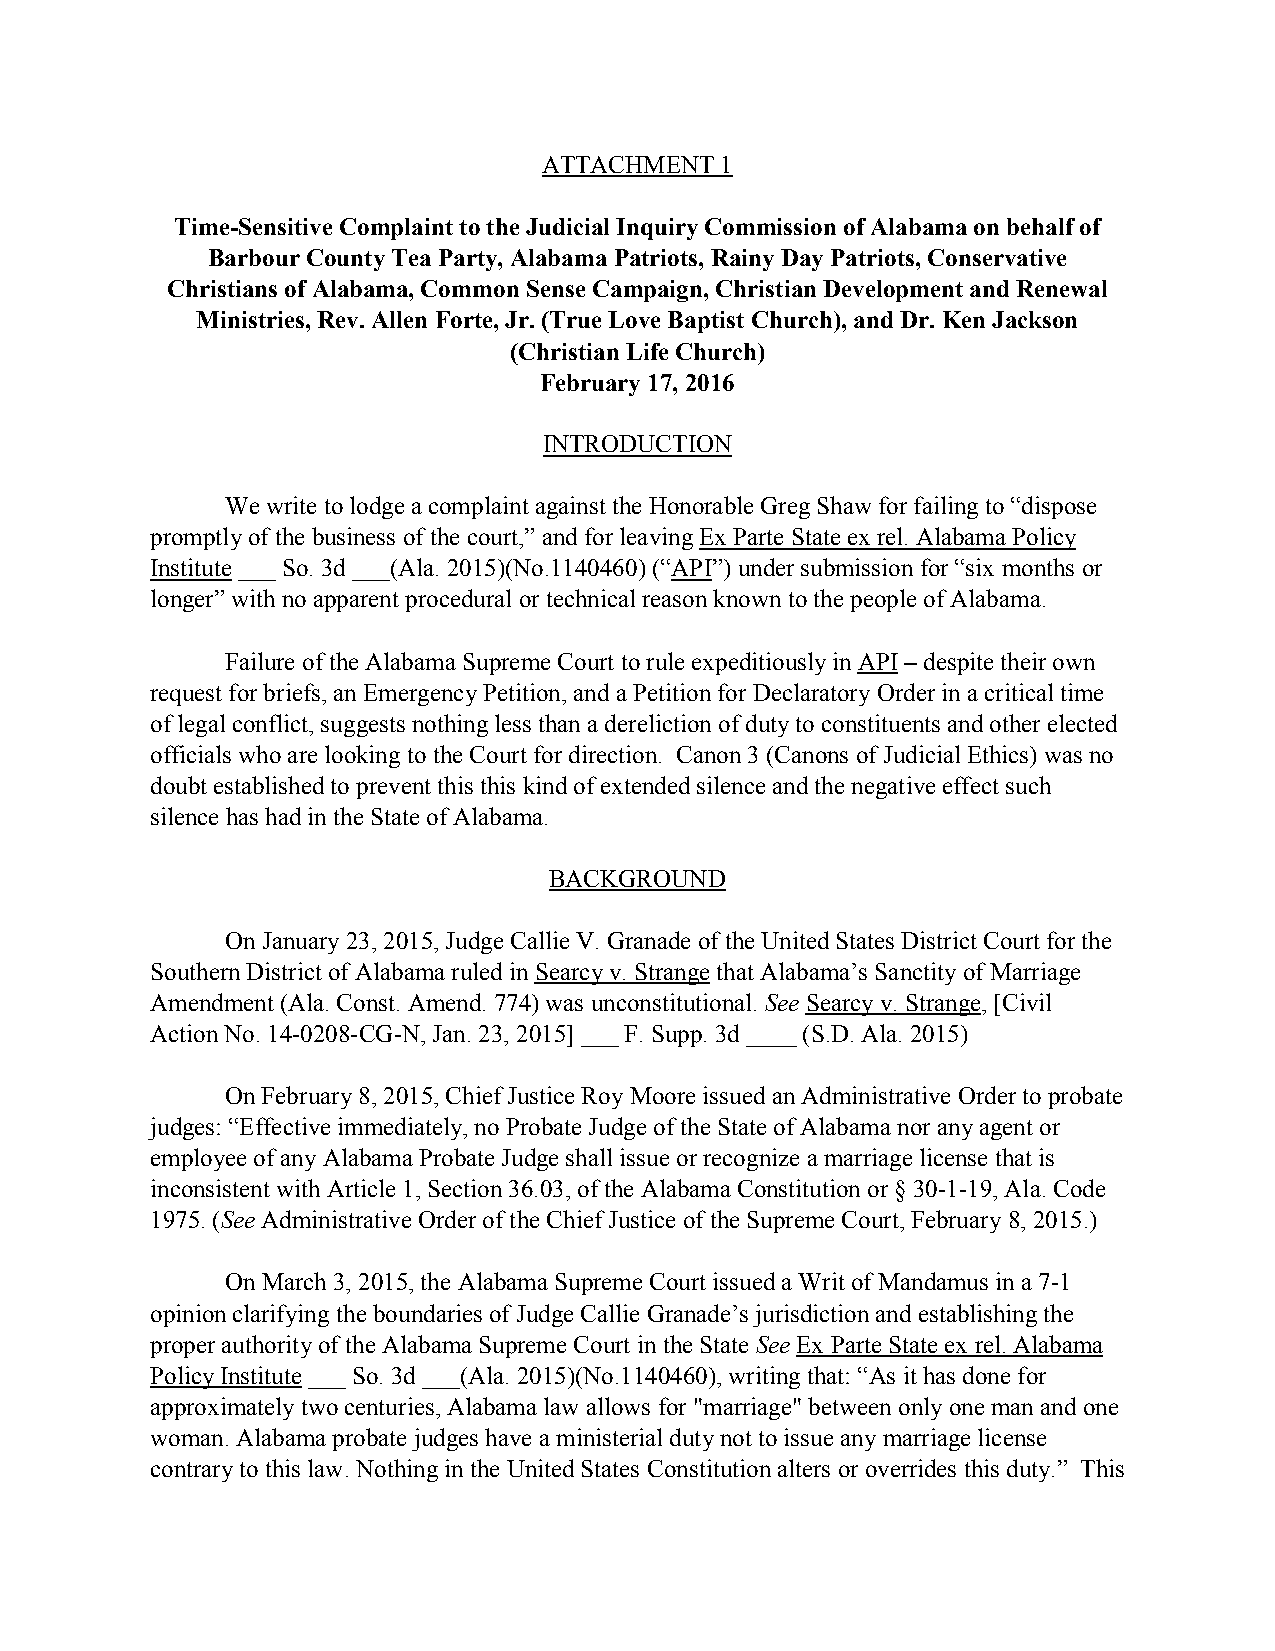
ATTACHMENT  1
 Time-Sensitive Complaint to the Judicial Inquiry Commission of Alabama on behalf of
 Barbour County Tea Party, Alabama Patriots, Rainy Day Patriots, Conservative
 Christians of Alabama, Common Sense Campaign, Christian Development and Renewal
 Ministries, Rev. Allen Forte, Jr. (True Love Baptist Church), and Dr. Ken Jackson
 (Christian Life Church)
 February 17, 2016
 INTRODUCTION
 We write to lodge a complaint against the Honorable Greg Shaw for failing to “dispose
 promptly of the business of the court,” and for leaving Ex Parte State ex rel. Alabama Policy
 Institute ___ So. 3d ___(Ala. 2015)(No.1140460) (“API”) under submission for “six months or
 longer” with no apparent procedural or technical reason known to the people of Alabama.
 Failure of the Alabama Supreme Court to rule expeditiously in API – despite their own
 request for briefs, an Emergency Petition, and a Petition for Declaratory Order in a critical time
 of legal conflict, suggests nothing less than a dereliction of duty to constituents and other elected
 officials who are looking to the Court for direction. Canon 3 (Canons of Judicial Ethics) was no
 doubt established to prevent this this kind of extended silence and the negative effect such
 silence has had in the State of Alabama.
 BACKGROUND
 On January 23, 2015, Judge Callie V. Granade of the United States District Court for the
 Southern District of Alabama ruled in Searcy v. Strange that Alabama’s Sanctity of Marriage
 Amendment (Ala. Const. Amend. 774) was unconstitutional. See Searcy v. Strange, [Civil
 Action No. 14-0208-CG-N, Jan. 23, 2015] ___ F. Supp. 3d ____ (S.D. Ala. 2015)
 On February 8, 2015, Chief Justice Roy Moore issued an Administrative Order to probate
 judges: “Effective immediately, no Probate Judge of the State of Alabama nor any agent or
 employee of any Alabama Probate Judge shall issue or recognize a marriage license that is
 inconsistent with Article 1, Section 36.03, of the Alabama Constitution or § 30-1-19, Ala. Code
 1975. (See Administrative Order of the Chief Justice of the Supreme Court, February 8, 2015.)
 On March 3, 2015, the Alabama Supreme Court issued a Writ of Mandamus in a 7-1
 opinion clarifying the boundaries of Judge Callie Granade’s jurisdiction and establishing the
 proper authority of the Alabama Supreme Court in the State See Ex Parte State ex rel. Alabama
 Policy Institute ___ So. 3d ___(Ala. 2015)(No.1140460), writing that: “As it has done for
 approximately two centuries, Alabama law allows for "marriage" between only one man and one
 woman. Alabama probate judges have a ministerial duty not to issue any marriage license
 contrary to this law. Nothing in the United States Constitution alters or overrides this duty.” This